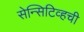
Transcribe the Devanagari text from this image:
सेन्सिटिव्हची